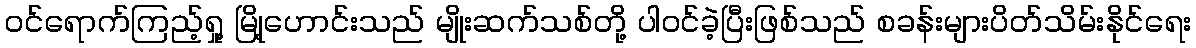
ဝင်ရောက်ကြည့်ရှု့ မြို့ဟောင်းသည် မျိုးဆက်သစ်တို့ ပါဝင်ခဲ့ပြီးဖြစ်သည် စခန်းများပိတ်သိမ်းနိုင်ရေး